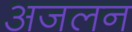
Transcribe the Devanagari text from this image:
अजलन